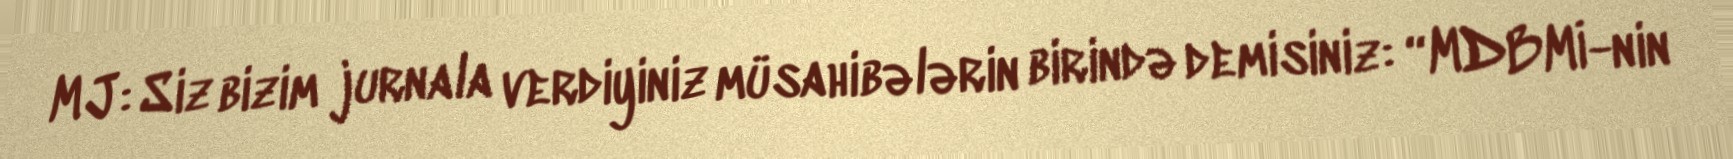
MJ: Siz bizim jurnala verdiyiniz müsahibələrin birində demisiniz: “MDBMİ-nin